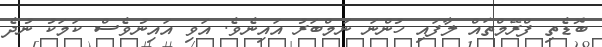
ބޮޑެތި ފްރޭމްތައް ލާފައި ހުންނަ ނަމްބަރު އައިނެވެ. އަވި އައިނުވެސް ކަމަކު ނުދެ